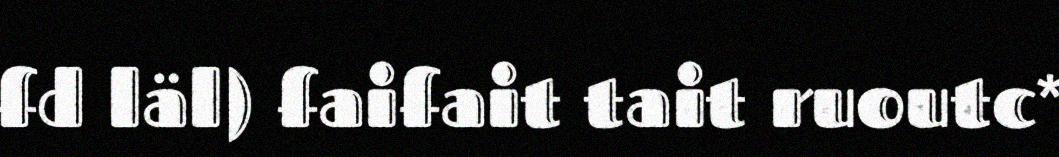
fd läl) faifait tait ruoutc*